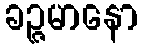
ခဉ္ဇမာနော